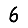
Digit: 6